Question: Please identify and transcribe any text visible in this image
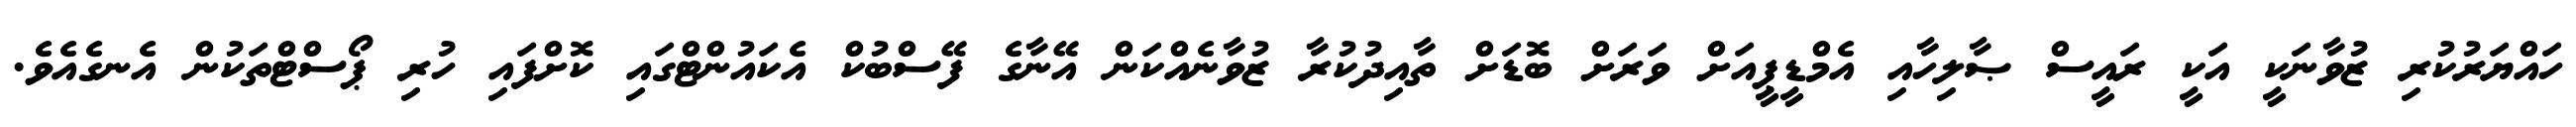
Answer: ހައްޔަރުކުރި ޒުވާނަކީ އަކީ ރައީސް ޞާލިހާއި އެމްޑީޕީއަށް ވަރަށް ބޮޑަށް ތާއިދުކުރާ ޒުވާނެއްކަން އޭނާގެ ފޭސްބުކް އެކައުންޓްގައި ކޮށްފައި ހުރި ޕޯސްޓްތަކުން އެނގެއެވެ.